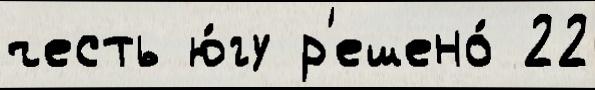
честь ю́гу р'ешено́ 22